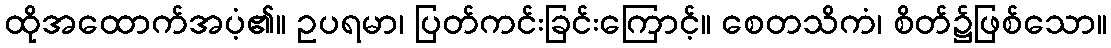
ထိုအထောက်အပံ့၏။ ဥပရမာ၊ ပြတ်ကင်းခြင်းကြောင့်။ စေတသိကံ၊ စိတ်၌ဖြစ်သော။